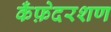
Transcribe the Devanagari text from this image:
कँफ़ेदरशण